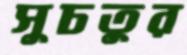
সুচতুর